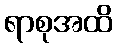
ရာစုအထိ